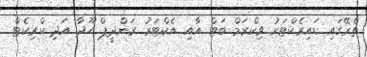
ތެރޭގައި ޑައިރެކްޓަރު ވިކްރަމް ބަޓް އާއި އެކްޓަރު ރަންދީޕް ހޫދާ އަދި ކްރިކެޓް